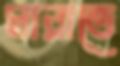
মারাতে